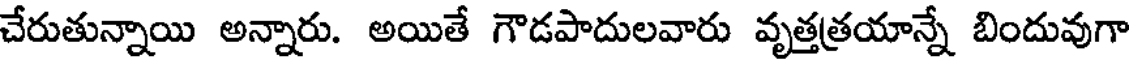
చేరుతున్నాయి అన్నారు. అయితే గౌడపాదులవారు వృత్తత్రయాన్నే బిందువుగా